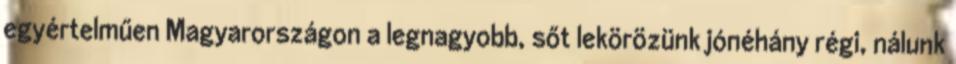
egyértelműen Magyarországon a legnagyobb, sőt lekörözünk jónéhány régi, nálunk